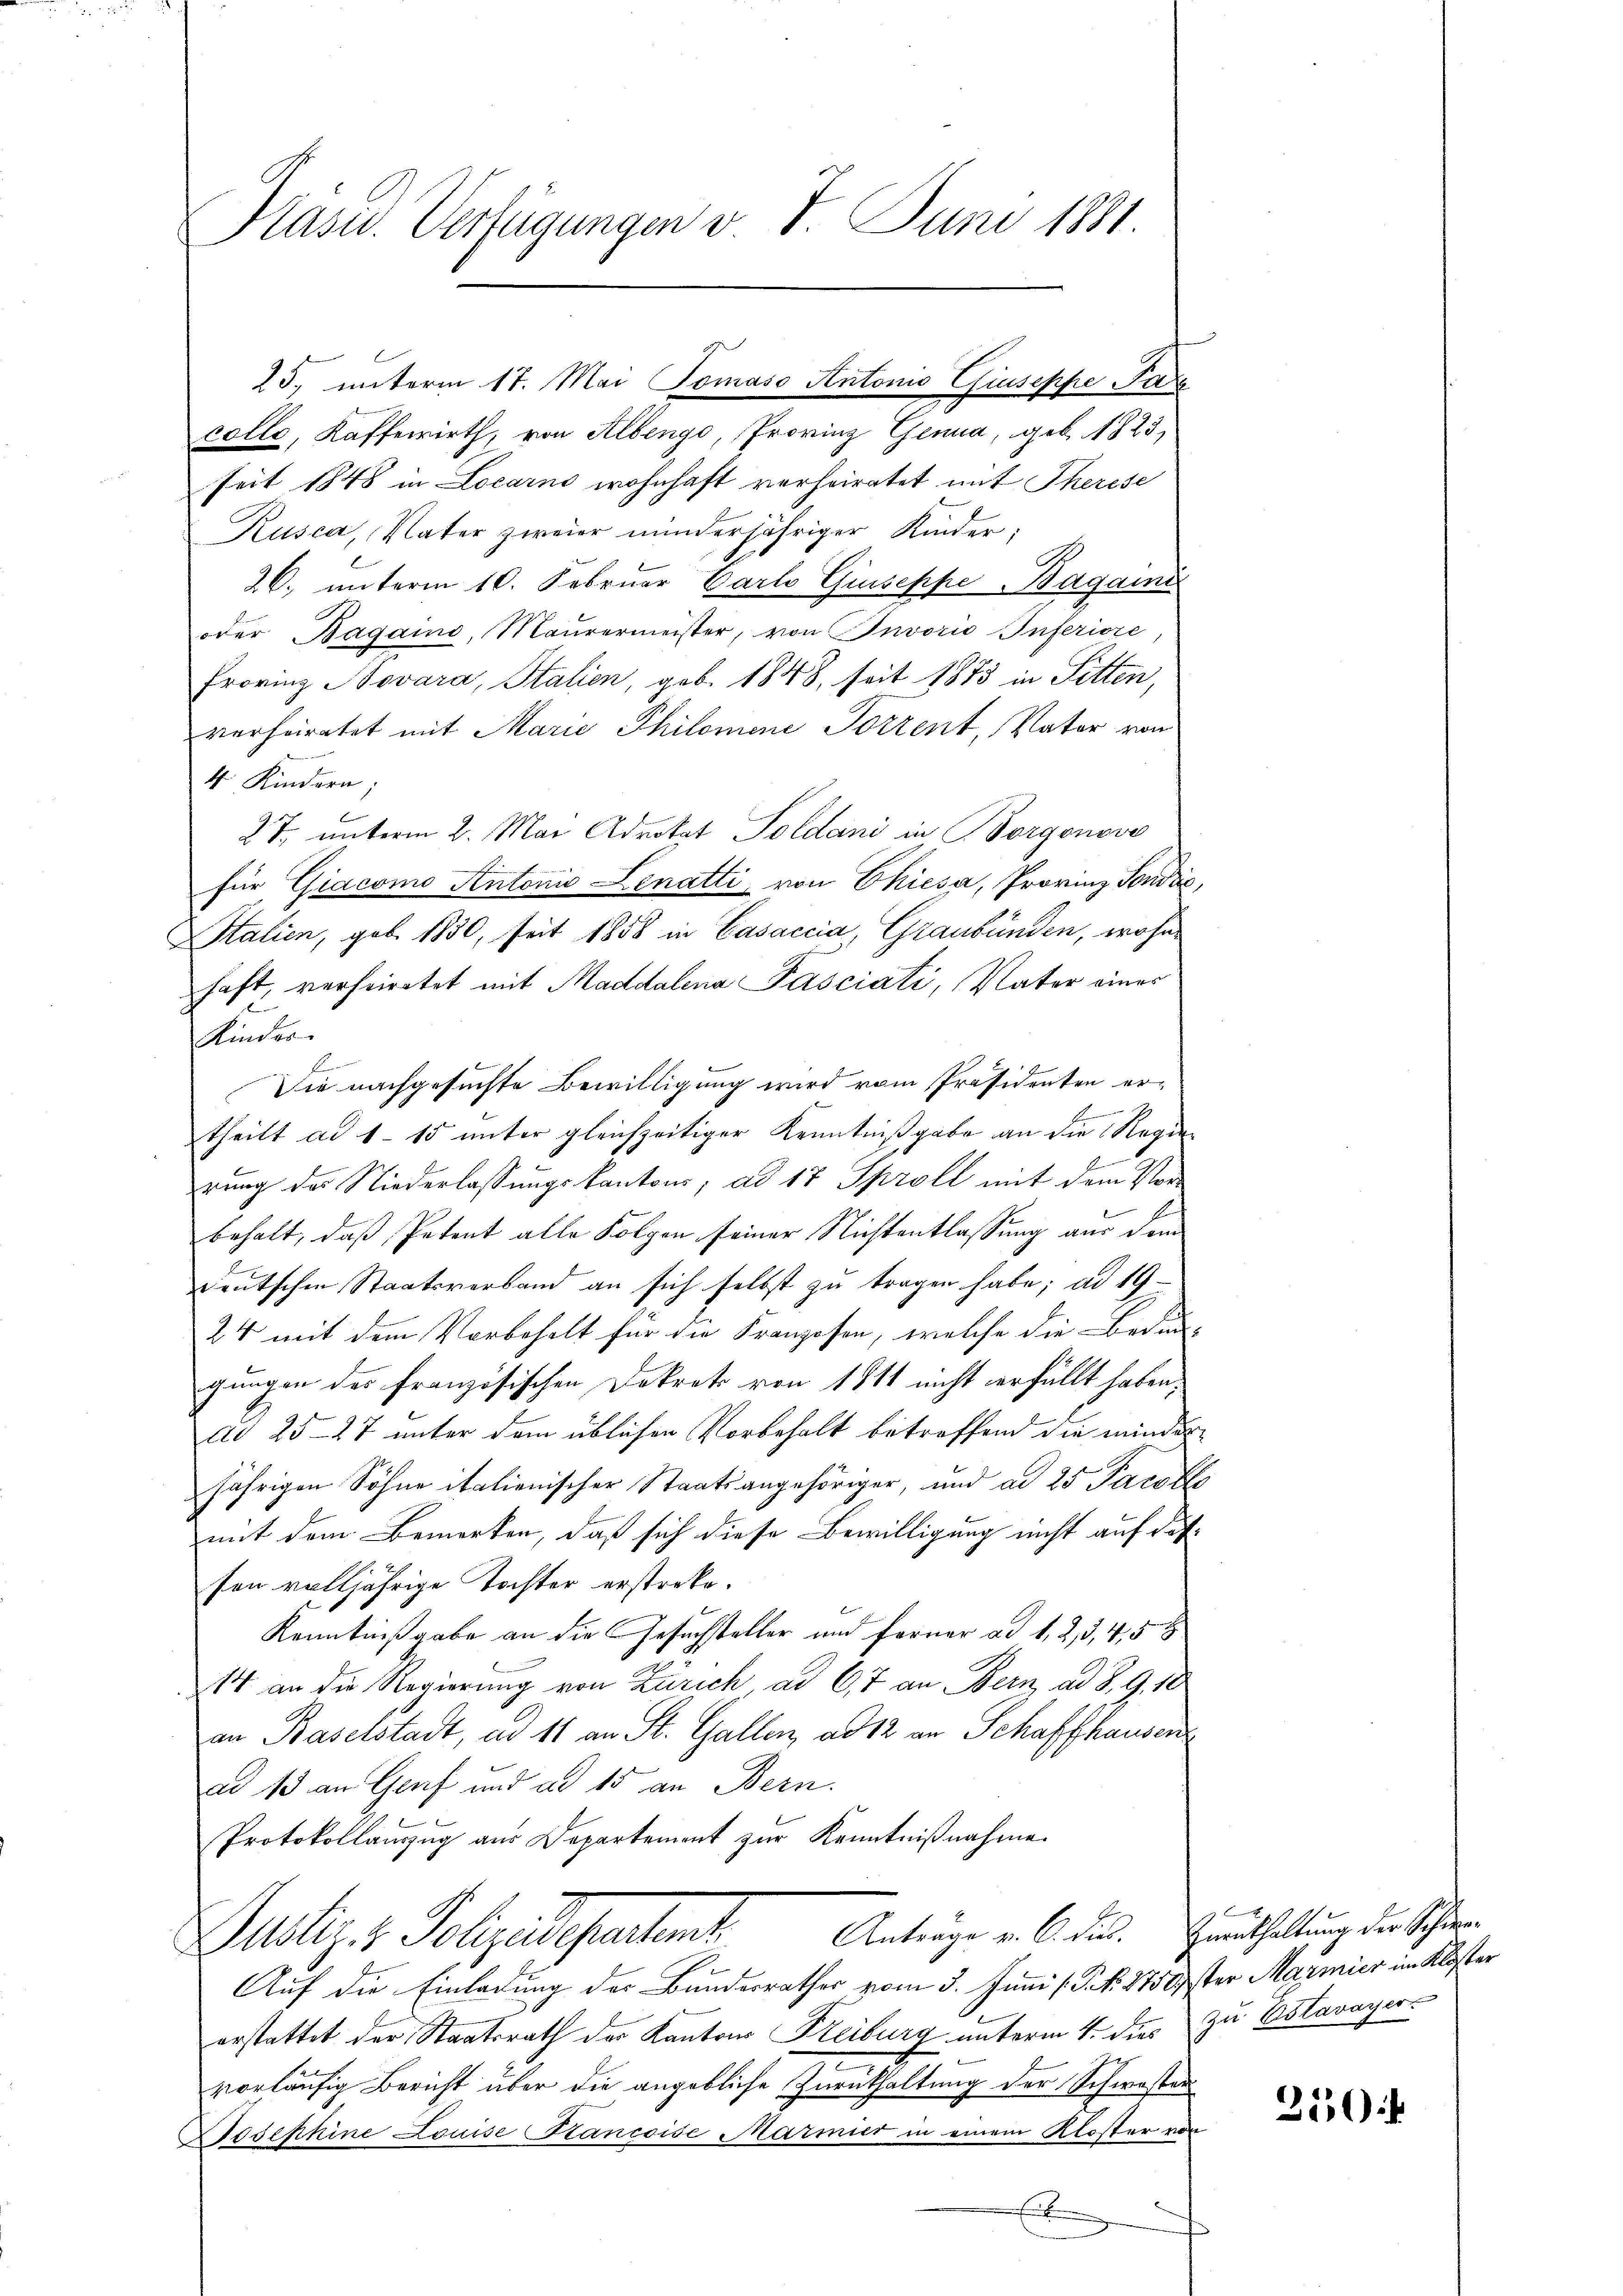
I Kasid. Verfügungen v. 8. Juni 1881

colle, Kaffewirth, von Albergo, Provinz Genua, geb. 1825,
seit 1848 in Locarno wohnhaft verheiratet mit Therese
Rusca, Vater zweier minderjähriger Kinder;
26. unterm 10. Februar Carlo Giuseppe Bagami
oder Bagains, Maurermeister, von Invorio Inferiore,
Frovinz Novara, Italien, geb. 1848, seit 1873 in Sitten,
verheiratet mit Marie Philomene Torrent, Vater von
4 Kindern;
b
27. unterm 2. Mai Advokat Soldani in Borgonove
für Giacomo Antonio Senatti, von Chiesa, Provinz Fondić,
Stalien, geb. 1850, seit 1858 in Casaccia, Graubünden, wohnhaft, verheiratet mit Maddalena Tasciati, Vater eines
Kinder
Die nachgesuchte Bewilligung wird vom Präsidenten er¬
Emmenen
theilt ad 1 - 15 unter gleichzeitiger Kenntnißgabe an die Regierung des Niederlassungskantons; ad 17 Sproll mit dem Verbehalt, daß Petent alle Folgen seiner Nichtentlassung aus dem
deutschen Staatsverband an sich selbst zu tragen habe; ad 19
24 mit dem Vorbehalt für die Franzosen, welche die Bedin-
gungen des französischen Dekrets von 1811 nicht erfüllt haben,
dd 25-27 unter dem üblichen Vorbehalt betreffend die minder
jährigen Söhne italienischer Staatsangehöriger, und ad 25 Jacoble
mit dem Bemerken, daß sich diese Bewilligung nicht auf dassen volljährige Tochter erstreke.
Kenntnißgabe an die Gesuchsteller und ferner ad 1, 2, 3, 4,5
14 an die Regierung von Zürich, ad 67 an Bern ad S. 9, 10
an Baselstadt, ad 11 an St. Gallen, ad 12 an Schaffhausen
ad 13 an Graf und ad 15 an Bern.
Protokollauszug aus Departement zur Kenntnißnahme.
Antrage v. C. dus. Grenthaltung der Schie¬
Justiz & Polizeidepartent
Auf die Einladung der Bundesrathes vom 3. Juni (T. N. 2750ster Marmier im Kloster
erstattet der Staatsrath der Kantons Freiburg unterm 4. dies zu Ostavayer
vorläufig Bericht über die angebliche Zurückhaltung der Schwesten
Josephine Louise Hancoise Marmier in einem Kloster von
x

25, unterm 17. Mai Tomaso Antonio Giuseppe Para

250f